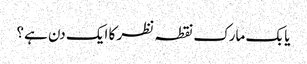
یا بک مارک نقطہ نظر کا ایک دن ہے؟